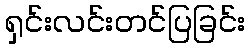
ရှင်းလင်းတင်ပြခြင်း